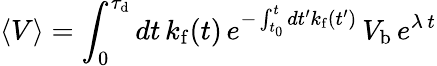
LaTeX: \langle V\rangle=\int_{0}^{\tau_{\mathrm{d}}}dt\, k_{\mathrm{f}}(t)\, e^{-\int_{t_{0}}^{t}dt^{\prime}k_{\mathrm{f}}(t^{\prime})}\, V_{\mathrm{b}}\, e^{\lambda\, t}